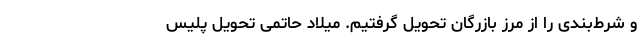
و شرط‌بندی را از مرز بازرگان تحویل گرفتیم. میلاد حاتمی تحویل پلیس